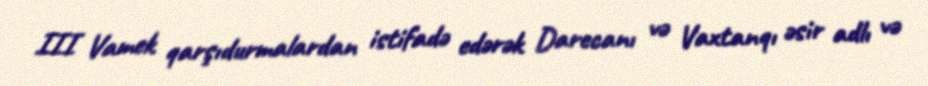
III Vamek qarşıdurmalardan istifadə edərək Darecanı və Vaxtanqı əsir adlı və